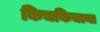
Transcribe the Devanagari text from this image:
किचकिचाना